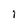
Character: I